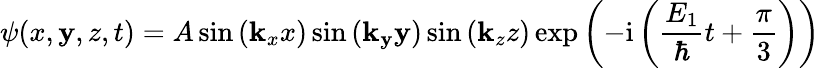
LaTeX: \psi(x,\mathbf{y},z,t)=A\sin\left(\mathbf{k}_{x}x\right)\sin\left(\mathbf{k}_{\mathbf{y}}\mathbf{y}\right)\sin\left(\mathbf{k}_{z}z\right)\exp\left(-\mathrm{{i}}\left(\frac{{E_{1}}}{{\hbar}}t+\frac{{\pi}}{3}\right)\right)